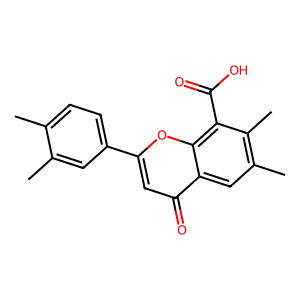
SMILES: Cc1ccc(-c2cc(=O)c3cc(C)c(C)c(C(=O)O)c3o2)cc1C
Inhibits HIV replication: No